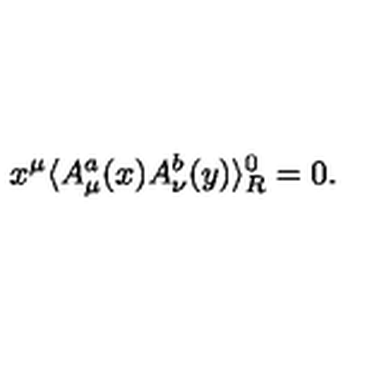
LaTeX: x ^ { \mu } \langle A _ { \mu } ^ { a } ( x ) A _ { \nu } ^ { b } ( y ) \rangle _ { R } ^ { 0 } = 0 .